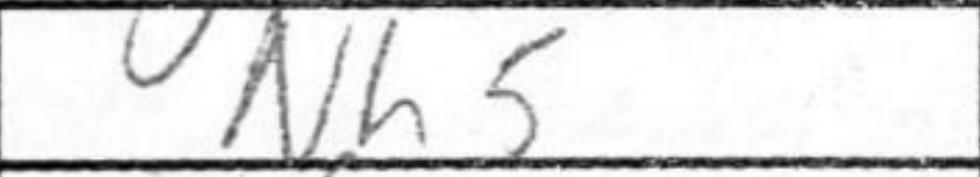
Transcription: Nh5